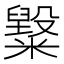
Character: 𥽂